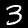
Digit: 3